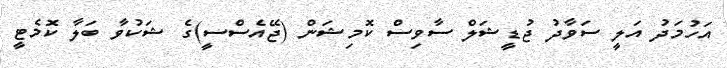
އަހުމަދު އަލީ ސަވާދު ޖުޑީޝަލް ސާވިސް ކޮމިޝަން (ޖޭއެސްސީ)ގެ ޝަކުވާ ބަލާ ކޮމެޓީ